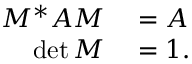
\begin{array} { r l } { M ^ { * } A M } & { { } = A } \\ { \operatorname* { d e t } M } & { { } = 1 . } \end{array}